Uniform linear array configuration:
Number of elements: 16
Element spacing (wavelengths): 0.75
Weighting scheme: hann
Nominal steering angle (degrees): -60
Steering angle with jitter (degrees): -60.666
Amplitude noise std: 0.05
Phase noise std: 0.05

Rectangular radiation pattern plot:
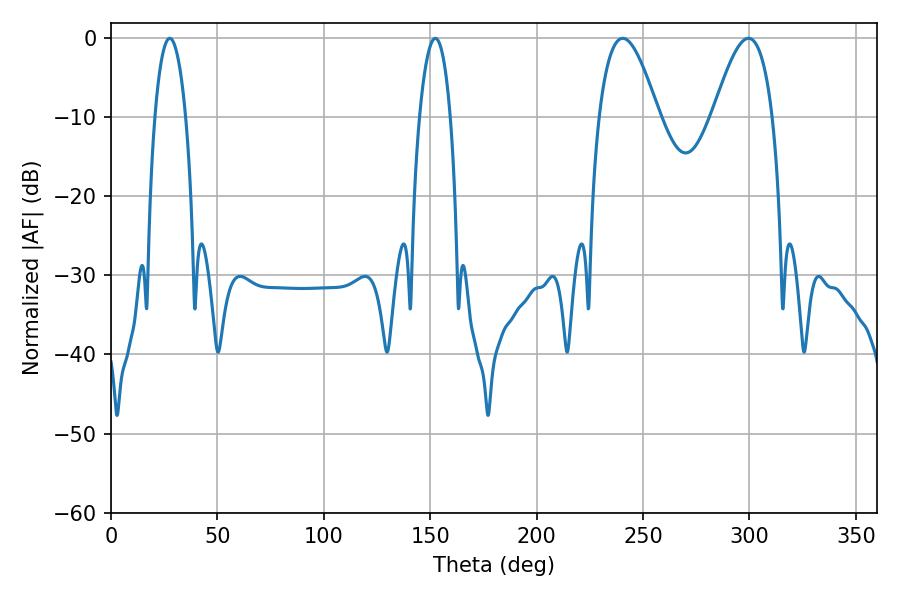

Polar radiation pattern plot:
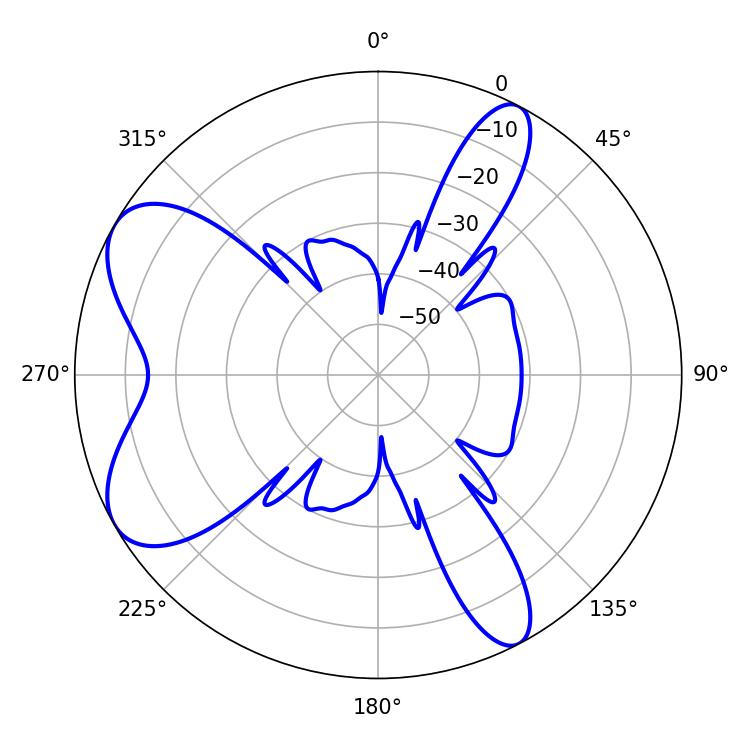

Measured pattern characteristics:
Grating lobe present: TRUE
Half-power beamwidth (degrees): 15.12
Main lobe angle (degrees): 240.48